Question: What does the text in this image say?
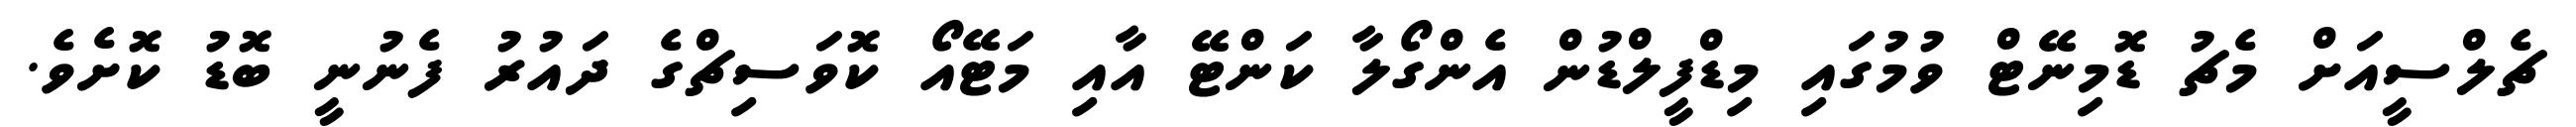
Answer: ޗެލްސީއަށް މެޗު ޑޮމިނޭޓް ވުމުގައި މިޑްފީލްޑުން އެންގޯލާ ކަންޓޭ އާއި މަޓޭއޯ ކޮވަސިޗްގެ ދައުރު ފެނުނީ ބޮޑު ކޮށެވެ.